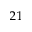
^ { 2 1 }